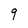
Character: q